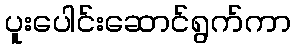
ပူးပေါင်းဆောင်ရွက်ကာ